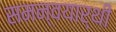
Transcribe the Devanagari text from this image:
समन्वयार्थी